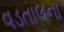
વડતાલના